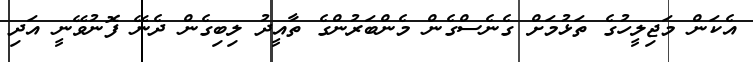
އެކަން މަޖިލީހުގެ ތަޅުމަށް ގެނެސްގެން މެންބަރުންގެ ތާއީދު ލިބިގެން ދެނޭ ފޮނުވޭނީ އަދި